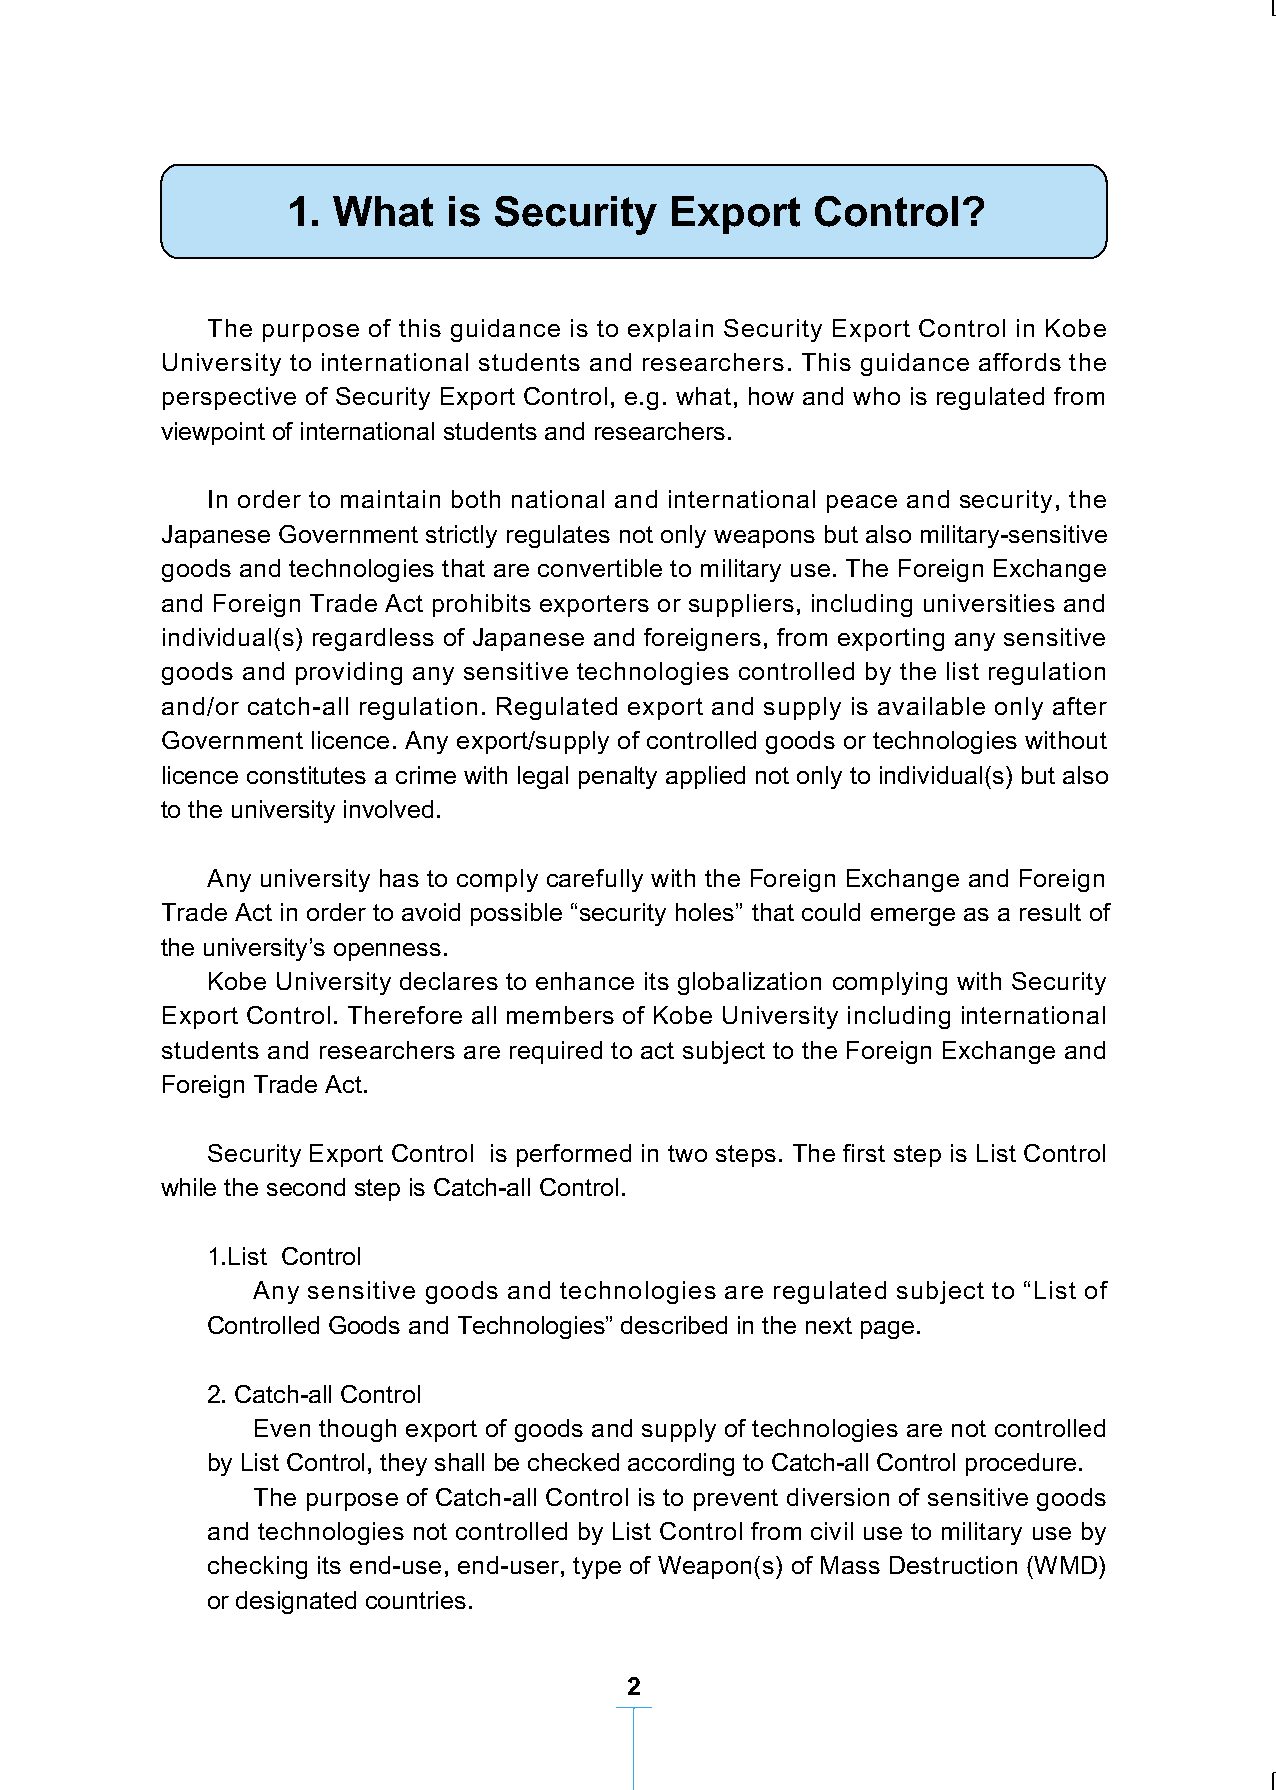
1. What    is Security   Export    Control?
 The purpose of this guidance is to explain Security Export Control in Kobe
 University to international students and researchers. This guidance affords the
 perspective of Security Export Control, e.g. what, how and who is regulated from
 viewpoint of international students and researchers.
 1. What is Security Export Control? ··················································································· P2
 In order to maintain both national and international peace and security, the
 2. What is Legal Status of International Students and Researchers? ································· P4 Japanese Government strictly regulates not only weapons but also military-sensitive
 goods and technologies that are convertible to military use. The Foreign Exchange
 and Foreign Trade Act prohibits exporters or suppliers, including universities and
 3. What is Security Export Control Rule of Kobe University? ············································· P6
 individual(s) regardless of Japanese and foreigners, from exporting any sensitive
 goods and providing any sensitive technologies controlled by the list regulation
 4. How to comply with Security Export Control Rule. ························································· P7 and/or catch-all regulation. Regulated export and supply is available only after
 Government licence. Any export/supply of controlled goods or technologies without
 licence constitutes a crime with legal penalty applied not only to individual(s) but also
 to the university involved.
 Any university has to comply carefully with the Foreign Exchange and Foreign
 Trade Act in order to avoid possible “security holes” that could emerge as a result of
 the university’s openness.
 Kobe University declares to enhance its globalization complying with Security
 Export Control. Therefore all members of Kobe University including international
 students and researchers are required to act subject to the Foreign Exchange and
 Foreign Trade Act.
 Security Export Control is performed in two steps. The first step is List Control
 while the second step is Catch-all Control.
 1.List Control
 Any sensitive goods and technologies are regulated subject to “List of
 Controlled Goods and Technologies” described in the next page.
 2. Catch-all Control
 Even though export of goods and supply of technologies are not controlled
 by List Control, they shall be checked according to Catch-all Control procedure.
 The purpose of Catch-all Control is to prevent diversion of sensitive goods
 and technologies not controlled by List Control from civil use to military use by
 checking its end-use, end-user, type of Weapon(s) of Mass Destruction (WMD)
 or designated countries.
 1                                        2